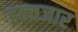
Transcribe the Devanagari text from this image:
इन्त्तजार